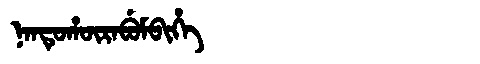
Manchu: ᠨᠠᠨᡨᡠᡥᡡᡵᠠᠪᡠᠮᠪᡳᡥᡝ
Romanization: NANTUHŪRABUMBIHE